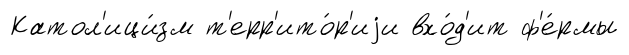
Катол'ици́зм т'ерр'ито́р'иjи вхо́д'ит ф'е́рмы